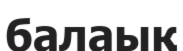
балаық